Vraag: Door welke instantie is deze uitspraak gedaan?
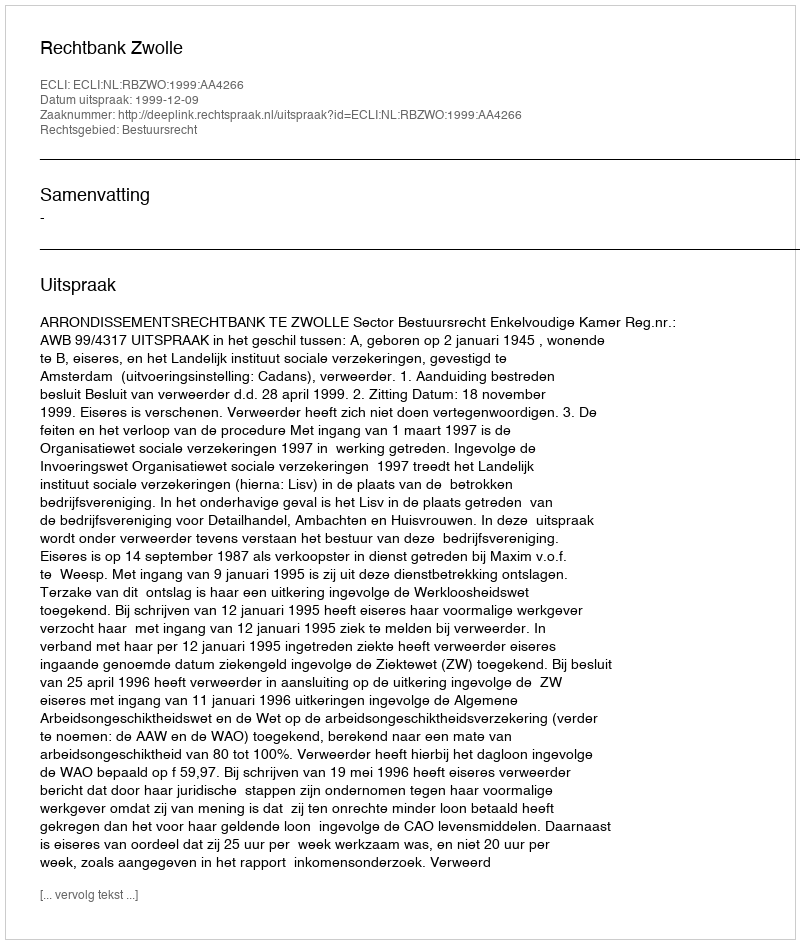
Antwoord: Rechtbank Zwolle